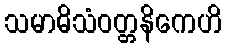
သမာဓိသံဝတ္တနိကေဟိ